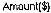
AMOUNT($)